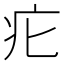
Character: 疕